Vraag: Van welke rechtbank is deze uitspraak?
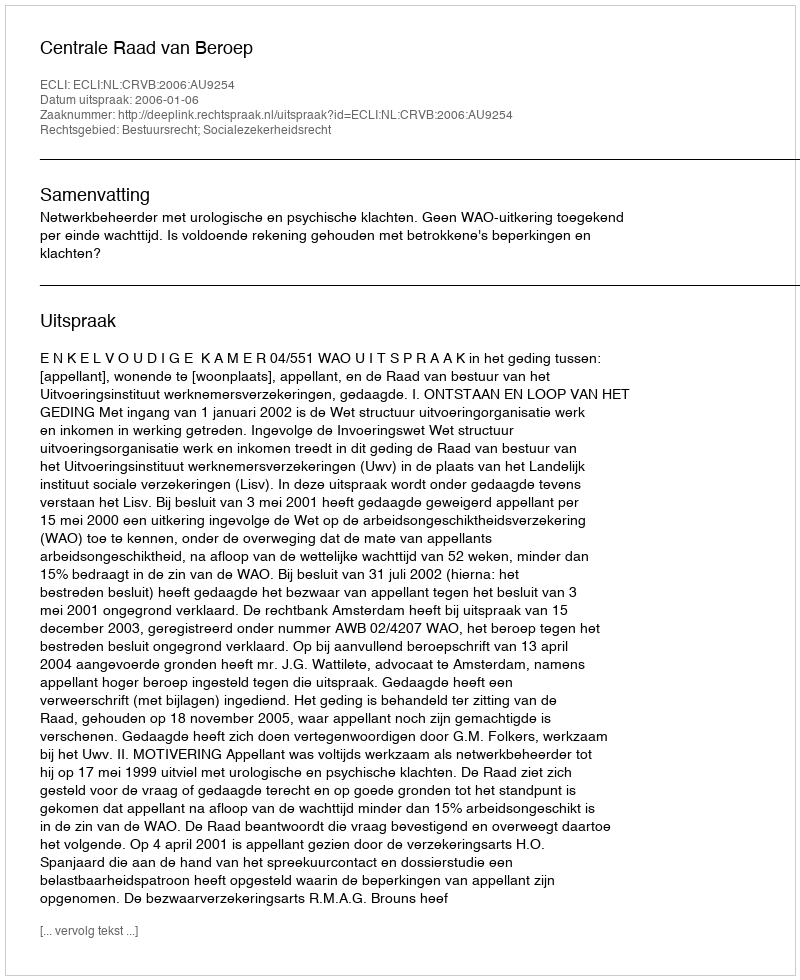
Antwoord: Centrale Raad van Beroep